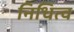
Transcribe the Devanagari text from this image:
निधित्व